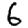
Digit: 6